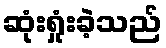
ဆုံးရှုံးခဲ့သည်